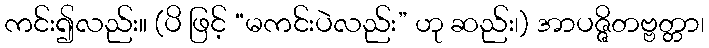
ကင်း၍လည်း။ (ပိ ဖြင့် “မကင်းပဲလည်း” ဟု ဆည်း၊) အာပဇ္ဇိတဗ္ဗတ္တာ၊